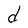
Character: d